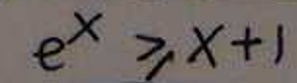
\[
e^{x}\geq x + 1
\]